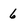
Character: 6